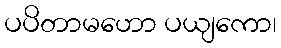
ပပိတာမဟော ပယျကော၊